Vaccination in Burma 1889-1999 - 1889-1999
Year: 1889
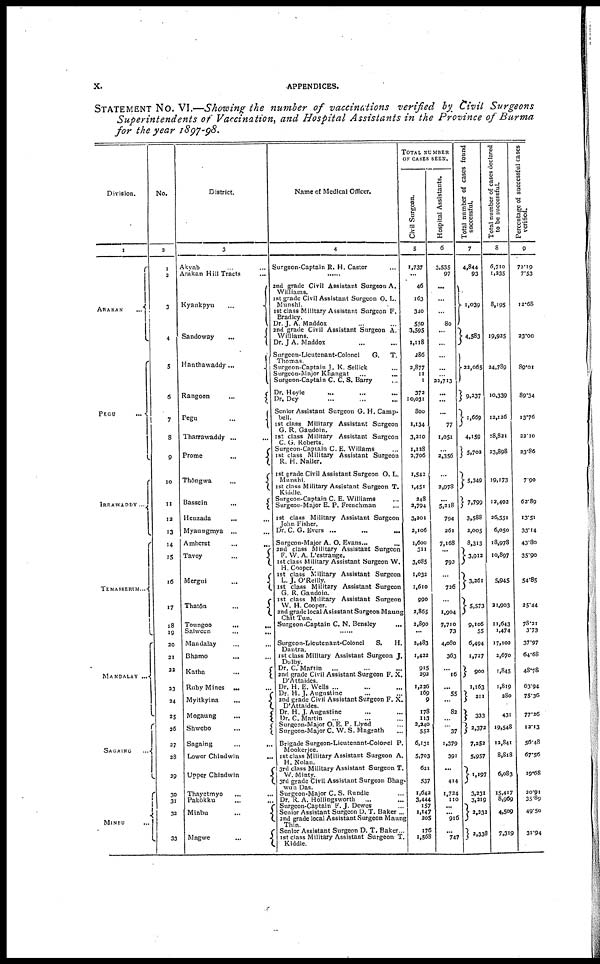
x.
APPENDICES.
STATEMENT No. VI.—Showing the number of vaccinations verified by Civil Surgeons
Superintendents of Vaccination, and Hospital Assistants in the Province of Burma
for the year 1897-98.
Division.
1
ARAKAN ...
PEGU ...
IRRAWADDY ...
TENASSERIM...
MANDALAV ...
SAGAING
...
MINEU
...
No.
2
1
2
3
4
5
6
7
8
9
10
11
12
13
14
15
16
17
18
19
20
21
22
23
24
25
26
27
28
29
30
31
32
33
District.
3
Akyab ... ...
Arakan Hill Tracts ...
Kyaukpyu
...
Sandoway
...
Hanthawaddy...
Rangoon
...
Pegu
...
Tharrawaddy ... ...
Prome
...
Thôngwa
...
Bassein
...
Henzada ... ...
Myaungmya ... ...
Amherst
...
...
Tavoy
...
Mergui
...
Thatôn
...
Toungoo
...
...
Salween
...
...
Mandalay ... ...
Bhamo ... ...
Katha
...
Ruby Mines ... ...
Myitkyina
...
Mogaung
...
Shwebo
...
Sagaing ... ...
Lower Chindwin ...
Upper Chindwin
Thayetmyo ... ...
Pakôkku ... ...
Minbu
...
Magwe
...
Name of Medical Officer.
4
Surgeon-Captain R. H. Castor ...
......
2nd grade Civil Assistant Surgeon A.
Williams.
1st grade Civil Assistant Surgeon O. L.
Munshi.
1st class Military Assistant Surgeon F.
Bradley.
Dr. J. A. Maddox ... ...
2nd grade Civil Assistant Surgeon A.
Williams.
Dr. J A. Maddox ... ...
Surgeon-Lieutenant-Colonel
G. T.
Thomas.
Surgeon-Captain J. K. Sellick ...
Surgeon-Major Khangat ... ...
Surgeon-Captain C. C. S. Barry ...
Dr. Hoyle ... ... ...
Dr. Dey ... ... ...
Senior Assistant Surgeon G. H. Camp-
bell.
1st class Military Assistant Surgeon
G. R. Gaudoin.
1st class Military Assistant Surgeon
C. G. Roberts.
Surgeon-Captain C. E. Willams ...
1st class Military Assistant Surgeon
R. H. Nailer.
1st grade Civil Assistant Surgeon O. L.
Munshi.
1st class Military Assistant Surgeon T.
Kiddle.
Surgeon-Captain C. E. Williams ...
Surgeon-Major E. P. Frenchman ...
1st class Military Assistant Surgeon
John Fisher.
Dr. C. G. Evers ... ... ...
Surgeon-Major A. O. Evans...
...
and class Military Assistant Surgeon
F. W. A. L'estrange.
1st class Military Assistant Surgeon W.
H. Cooper.
1st class Military Assistant Surgeon
L. J. O'Reilly.
1st class Military Assistant Surgeon
G. R. Gaudoin.
1st class Military Assistant Surgeon
W. H. Cooper.
2nd grade local Asisstant Surgeon Maung
Chit Tun.
Surgeon-Captain C. N. Bensley
...
......
Surgeon-Lieutenant-Colonel
S. H.
Dantra.
1st class Military Assistant Surgeon J.
Dolby.
Dr. C. Martin ... ... ...
2nd grade Civil Assistant Surgeon F. X.
D'Attaides.
Dr. H. E. Wells ... ... ...
Dr. H. J. Augustine ... ...
2nd grade Civil Assistant Surgeon F. X.
D'Attaides.
Dr. H. J. Augustine ... ...
Dr. C. Martin ... ... ...
Surgeon-Major O. E. P. Llyod ...
Surgeon-Major C. W. S. Magrath ...
Brigade Surgeon-Lieutenant-Colonel P.
Mookerjee.
1st class Military Assistant Surgeon A.
H.Nolan.
3rd class Military Assistant Surgeon T.
W. Minty.
3rd grade Civil Assistant Surgeon Bhag-
wun Das.
Surgeon-Major C. S. Rundle ...
Dr. R. A. Hollingsworth ... ...
Surgeon-Captain F. J. Dewes ...
Senior Assistant Surgeon D. T. Baker ...
2nd grade local Assistant Surgeon Maung
Thin.
Senior Assistant Surgeon D. T. Baker...
1st class Military Assistant Surgeon T.
Kiddle.
TOTAL NUMBER
OF CASES SEEN.
Civil Surgeon.
5
1,737
...
46
163
340
550
3,595
1,118
286
2,877
11
1
372
10,031
800
1,134
3,210
1,128
2,706
1,542
1,451
248
2,794
3,201
2,106
1,600
311
3,085
1,032
1,610
990
2,865
2,890
...
2,483
1,422
915
292
1,226
169
9
178
113
2,240
552
6,131
5,703
621
537
1,642
3,444
157
1,147
205
176
1,568
Hospital Assistants.
6
3,535
97
...
...
...
80
...
...
...
...
...
22,713
...
...
...
77
1,051
... 2,356
...
2,978
...
5,218
794
261
7,168
...
793
...
726
...
1,904
7,710
73
4,080
363
...
16
... 55
...
82
...
...
37
1,379
391
...
414
1,724
110
...
... 916
... 747
Total number of cases found
successful.
7
4,844
93
1,039
4,583
22,065
9,237
1,669
4,159
5,702
5,349
7,799
3,588
2,005
8,313
3,912
3,261
5,573
9,106
55
6,494
1,727
900
1,163
211
333
2,372
7,252
5,957
1,197
3,231
3,219
2,232
2,338
Total number of cases declared
to be successful.
8
6,710
1,235
8,195
19,925
24,789
10,339
12,126
18,821
23,898
19,173
12,402
26,551
6,050
18,978
10,897
5,945
21,903
11,643
1,474
17,102
2,670
1,845
1,819
280
431
19,548
12,841
8,818
6,083
15,417
8,969
4,509
7,319
Percentage of successful cases
verified.
9
72.19
7.53
12.68
23.00
89.01
89.34
13.76
22.10
23.86
7.90
62.89
13.51
33.14
43.80
35.90
54.85
25.44
78.21
3.73
37.97
64.68
48.78
63.94
75.36
77.26
12.13
56.48
67.56
19.68
20.91
35.89
49.50
31.94